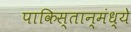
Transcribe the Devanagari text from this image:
पाकिस्तान्मंध्ये